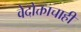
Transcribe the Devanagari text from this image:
वेदोक्ताचाही